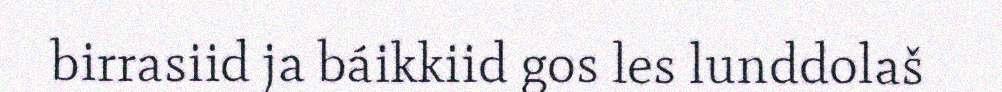
birrasiid ja báikkiid gos les lunddolaš